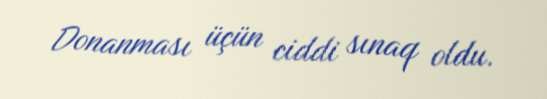
Donanması üçün ciddi sınaq oldu.